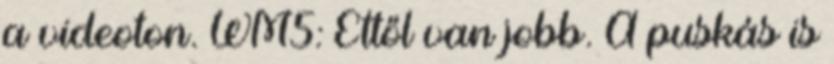
a videoton. WM5: Ettől van jobb. A puskás is